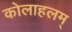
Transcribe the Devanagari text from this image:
कोलाहलम्